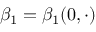
\beta _ { 1 } = \beta _ { 1 } ( 0 , \cdot )